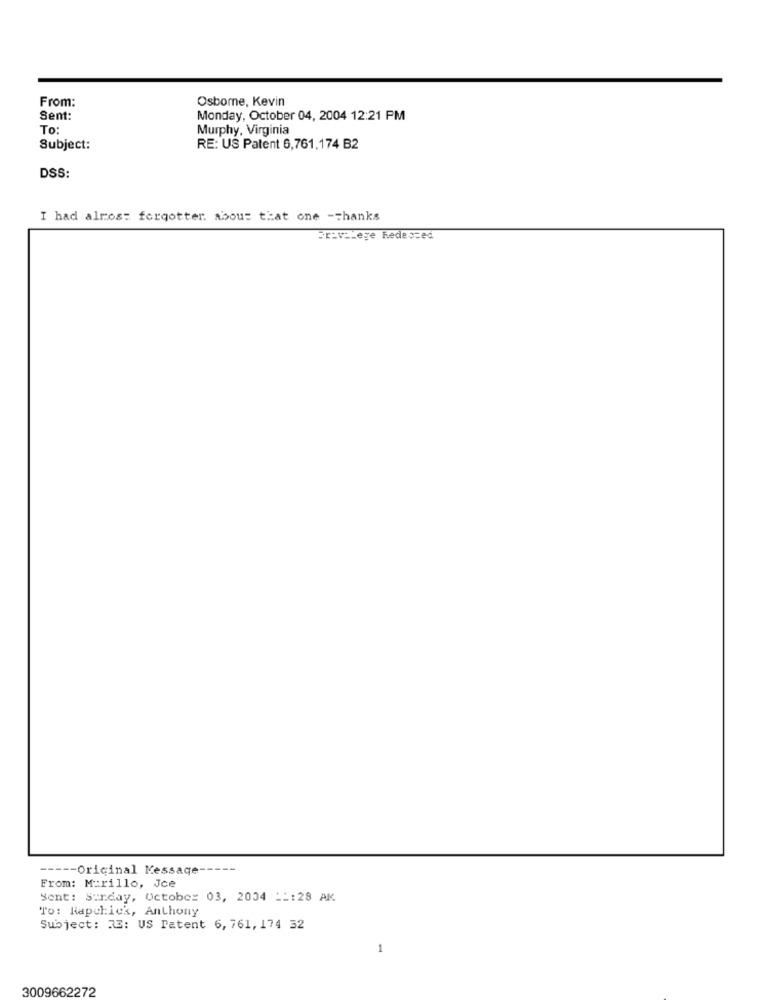
From:
Osborne, Kevin
Sent:
Monday, October 04, 2004 12:21 PM
To:
Murphy, Virginia
Subject:
RE: US Patent 6,761,174 B2
DSS:
I had almost forgotter. about that one -thanks
Privilege Redessed
--- Original Message
From: Murillo, Jce
Sent: Sunday, October 03, 2004 __: 28 AM
To: Rapclick, Anthony
Subject: 33: US Patent 6, 761, 174 32
1
3009662272